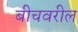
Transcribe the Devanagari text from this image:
बीचवरील